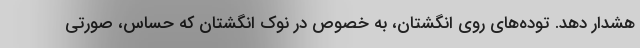
هشدار دهد. توده‌های روی انگشتان، به خصوص در نوک انگشتان که حساس، صورتی